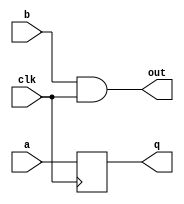
/////////////////////////////////////////
//  Functionality: A register driven by a combinational logic with clk signal
////////////////////////////////////////
`timescale 1ns / 1ps

module clk_on_lut(a, b, q, out, clk);

input wire clk;
input wire a;
input wire b;
output reg q;
output wire out;

always @(posedge clk) begin
  q <= a;
end

assign out = b & clk;

endmodule